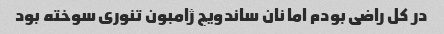
در کل راضی بودم اما نان ساندویچ ژامبون تنوری سوخته بود